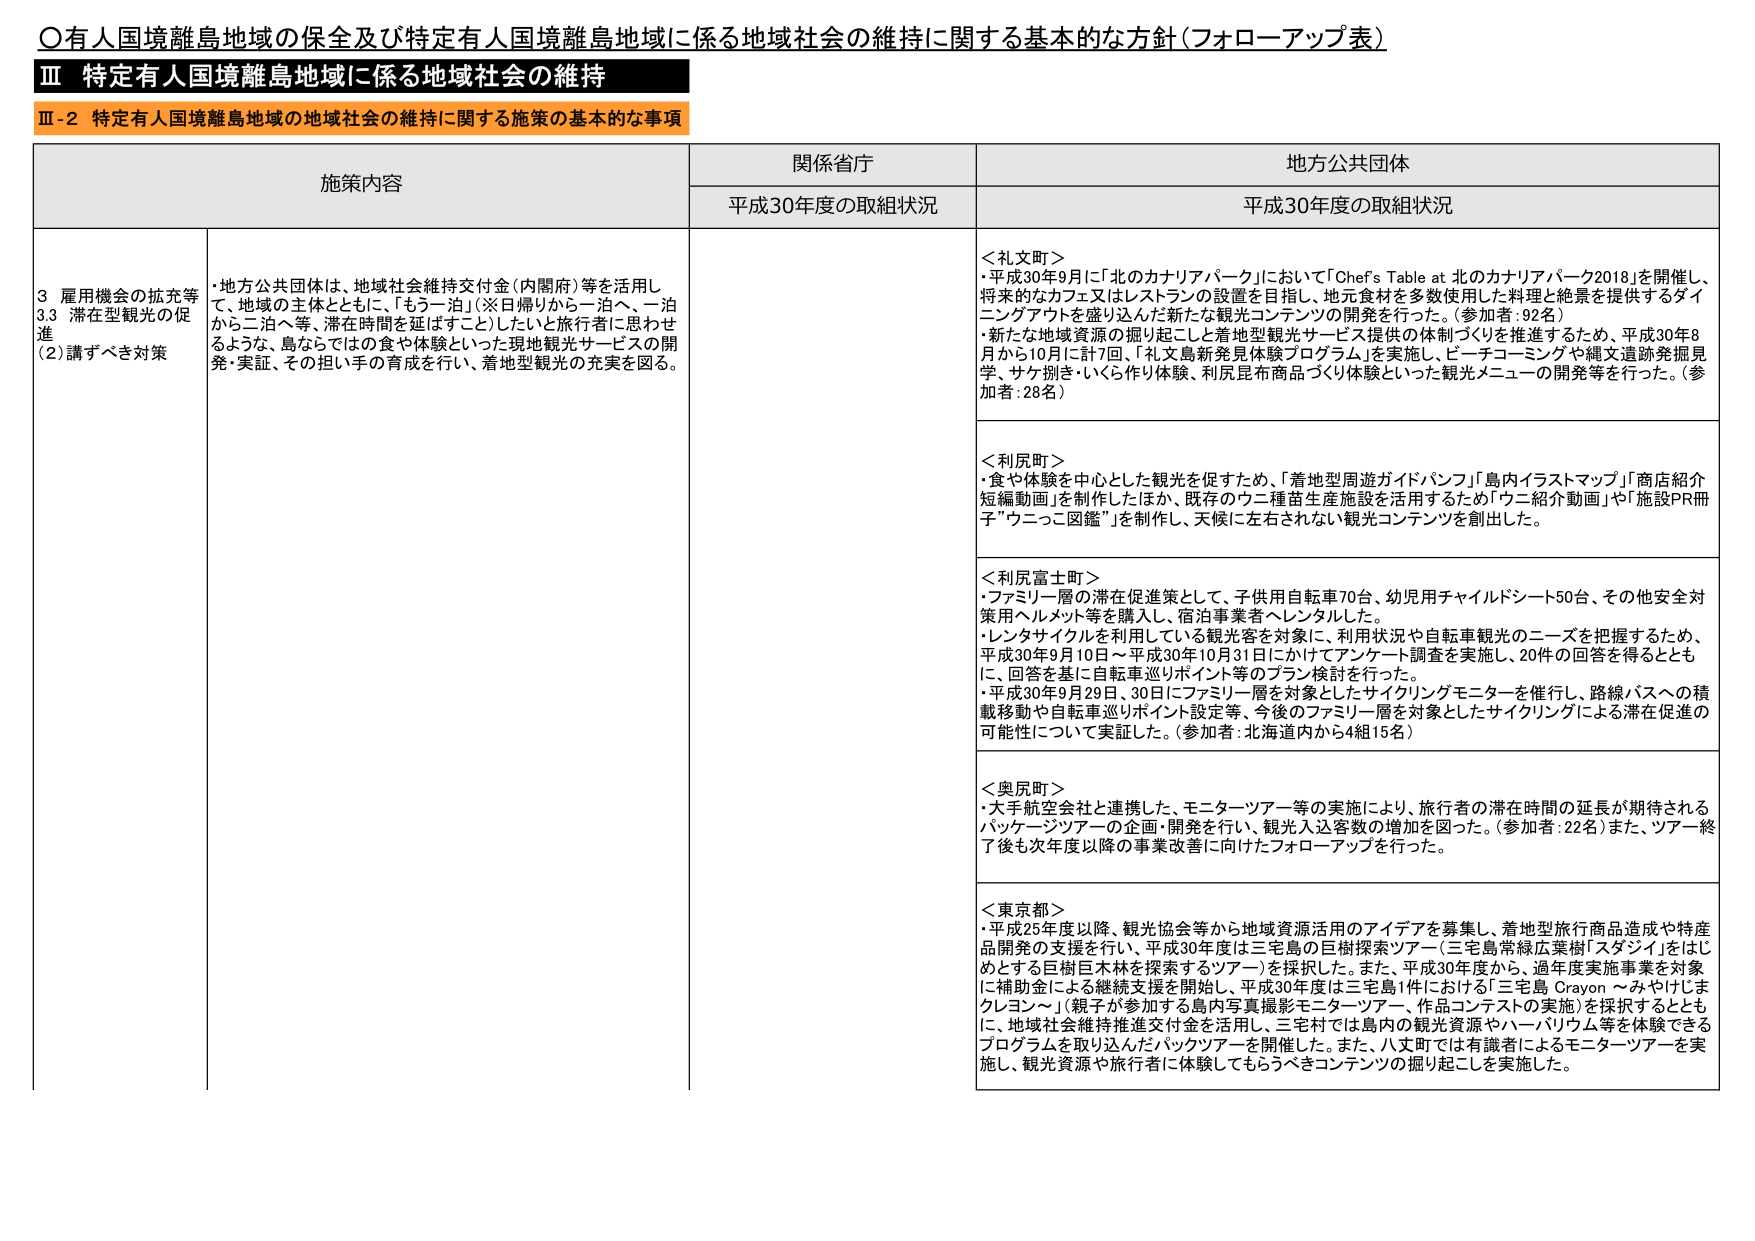
〇有人国境離島地域の保全及び特定有人国境離島地域に係る地域社会の維持に関する基本的な方針（フォローアップ表）

Ⅲ 特定有人国境離島地域に係る地域社会の維持

Ⅲ-2 特定有人国境離島地域の地域社会の維持に関する施策の基本的な事項

施策内容 関係省庁 地方公共団体
平成30年度の取組状況 平成30年度の取組状況

3 雇用機会の拡充等
3.3 滞在型観光の促進
（2）講ずべき対策
・地方公共団体は、地域社会維持交付金（内閣府）等を活用して、地域の主体とともに、「もう一泊」（※日帰りから一泊へ、一泊から二泊へ等、滞在時間を延ばすこと）したいと旅行者に思わせるような、島ならではの食や体験といった現地観光サービスの開発・実証、その担い手の育成を行い、着地型観光の充実を図る。

＜礼文町＞
・平成30年9月に「北のカナリアパーク」において「Chef's Table at 北のカナリアパーク2018」を開催し、将来的なカフェ又はレストランの設置を目指し、地元食材を多数使用した料理と絶景を提供するダイニングアクトを盛り込んだ新たな観光コンテンツの開発を行った。（参加者：92名）
・新たな地域資源の掘り起こしと着地型観光サービス提供の体制づくりを推進するため、平成30年8月から10月に計7回、「礼文島新発見体験プログラム」を実施し、ビーチコーミングや縄文遺跡発掘見学、サケ捌き・いくら作り体験、利尻昆布商品づくり体験といった観光メニューの開発等を行った。（参加者：28名）

＜利尻町＞
・食や体験を中心とした観光を促すため、「着地型周遊ガイドパンフ」「島内イラストマップ」「商店紹介短編動画」を制作したほか、既存のウニ種苗生産施設を活用するため「ウニ紹介動画」や「施設PR冊子”ウニっこ図鑑”」を制作し、天候に左右されない観光コンテンツを創出した。

＜利尻富士町＞
・ファミリー層の滞在促進策として、子供用自転車70台、幼児用チャイルドシート50台、その他安全対策用ヘルメット等を購入し、宿泊事業者へレンタルした。
・レンタサイクルを利用している観光客を対象に、利用状況や自転車観光のニーズを把握するため、平成30年9月10日～平成30年10月31日にかけてアンケート調査を実施し、20件の回答を得るとともに、回答を基に自転車巡りポイント等のプラン検討を行った。
・平成30年9月29日、30日にファミリー層を対象としたサイクリングモニターを催行し、路線バスへの積載移動や自転車巡りポイント設定等、今後のファミリー層を対象としたサイクリングによる滞在促進の可能性について実証した。（参加者：北海道内から4組15名）

＜奥尻町＞
・大手航空会社と連携した、モニターツアー等の実施により、旅行者の滞在時間の延長が期待されるバック・ジツアーの企画・開発を行い、観光入込客数の増加を図った。（参加者：22名）また、ツアー終了後も次年度以降の事業改善に向けたフォローアップを行った。

＜東京都＞
・平成25年度以降、観光協会等から地域資源活用のアイデアを募集し、着地型旅行商品造成や特産品開発の支援を行い、平成30年度は三宅島の巨樹探索ツアー（三宅島常緑広葉樹「スダジイ」をはじめとする巨樹巨木林を探索するツアー）を採択した。また、平成30年度から、過年度実施事業を対象に補助金による継続支援を開始し、平成30年度は三宅島1件における「三宅島 Crayon ～みやけにクレヨン～」（親子が参加する島内写真撮影モニターツアー、作品コンテストの実施）を採択するとともに、地域社会維持推進交付金を活用し、三宅村では島内の観光資源やハーバリウム等を体験できるプログラムを取り込んだバックツアーを開催した。また、八丈町では有識者によるモニターツアーを実施し、観光資源や旅行者に体験してもらうべきコンテンツの掘り起こしを実施した。